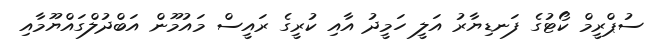
ސުޕްރީމް ކޯޓުގެ ފަނޑިޔާރު އަލީ ހަމީދު އާއި ކުރީގެ ރައީސް މައުމޫން އަބްދުލްގައްޔޫމާއި